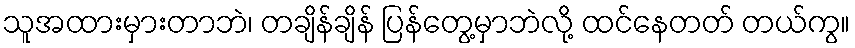
သူအထားမှားတာဘဲ၊ တချိန်ချိန် ပြန်တွေ့မှာဘဲလို့ ထင်နေတတ် တယ်ကွ။